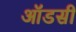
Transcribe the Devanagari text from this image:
ऑडसी